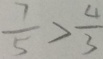
\frac { 7 } { 5 } = \frac { 4 } { 3 }